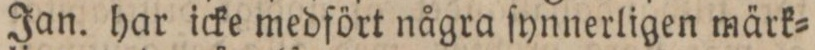
Jan. har icke medfört några ſynnerligen märk=